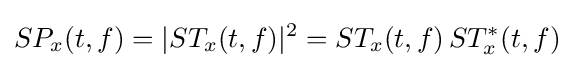
SP_{x}(t,f)=|ST_{x}(t,f)|^{2}=ST_{x}(t,f)\,ST_{x}^{*}(t,f)